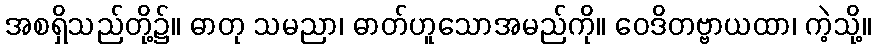
အစရှိသည်တို့၌။ ဓာတု သမညာ၊ ဓာတ်ဟူသောအမည်ကို။ ဝေဒိတဗ္ဗာယထာ၊ ကဲ့သို့။